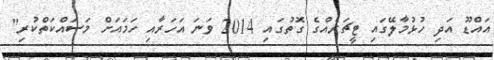
އައްޑޫ އަދި ހުޅުމާލޭގައި ޓީޗަރެއްގެ ގޮތުގައި 2014 ވަނަ އަހަރާއި ހަަމައަށް މަސައްކަތްކުރި"